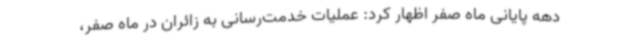
دهه پایانی ماه صفر اظهار کرد: عملیات خدمت‌رسانی به زائران در ماه صفر،